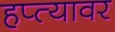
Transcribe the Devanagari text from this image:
हप्त्यावर